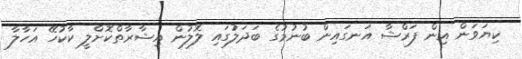
ކިޔަވަން އިން ފަރްޝާ އަނގައިން ބުނުމުގެ ބަދަލުގައި ލޮލުން އިޝާރާތްކޮށްލީ ކާކުހޭ އަހާލާ